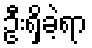
ဦးရှိခဲ့ရာ